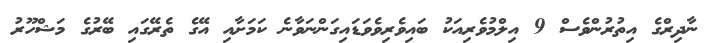
ނާދިރްގެ އިތުރުންވެސް 9 އިލްމުވެރިއަކު ބައިވެރިވެވަޑައިގަންނަވާނެ ކަމަށާއި އޭގެ ތެރޭގައި ބޭރުގެ މަޝްހޫރު